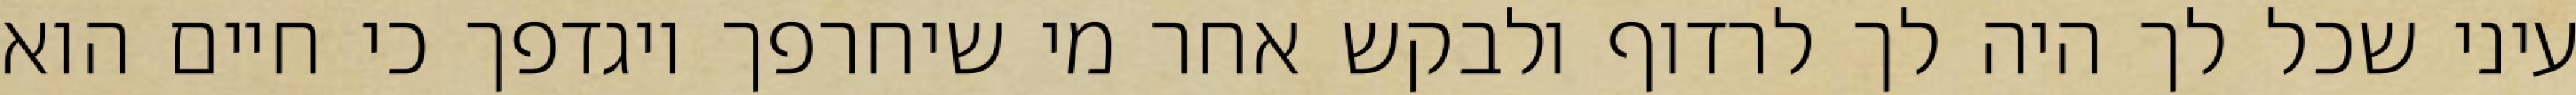
עיני שכל לך היה לך לרדוף ולבקש אחר מי שיחרפך ויגדפך כי חיים הוא